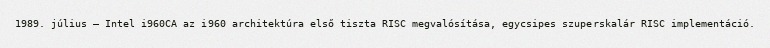
1989. július – Intel i960CA az i960 architektúra első tiszta RISC megvalósítása, egycsipes szuperskalár RISC implementáció.